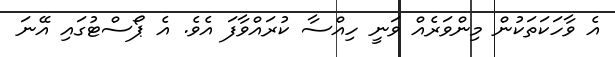
އެ ވާހަކަތަކުން މިންވަރެއް ވަނީ ހިއްސާ ކުރައްވާފަ އެވެ. އެ ޕޯސްޓުގައި އޭނަ